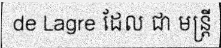
de Lagre ដែល ជា មន្ត្រី